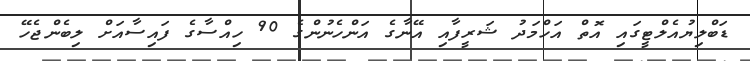
ޑަބްލިޔުއެލްޓީގައި އޮތް އަހްމަދު ޝަރީފާއި އޭނާގެ އަންހެނުންގެ 90 ހިއްސާގެ ފައިސާއަށް ލިބެންޖެހޭ